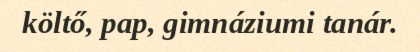
költő, pap, gimnáziumi tanár.